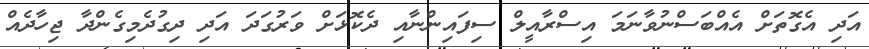
އަދި އެގޮތަށް އެއްބަސްނުވާނަމަ އިސްރާއީލް ސިފައިންނާއި ދެކޮޅަށް ވަރުގަދަ އަދި ދިގުދެމިގެންދާ ޖިހާދެއް